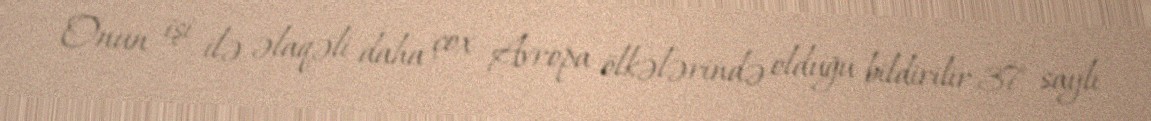
Onun işi ilə əlaqəli daha çox Avropa ölkələrində olduğu bildirilir.37 saylı